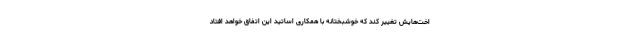
اخت‌هایش تغییر کند که خوشبختانه با همکاری اساتید این اتفاق خواهد افتاد